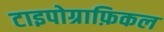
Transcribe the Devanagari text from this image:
टाइपोग्राफ़िकल